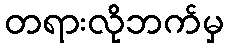
တရားလိုဘက်မှ